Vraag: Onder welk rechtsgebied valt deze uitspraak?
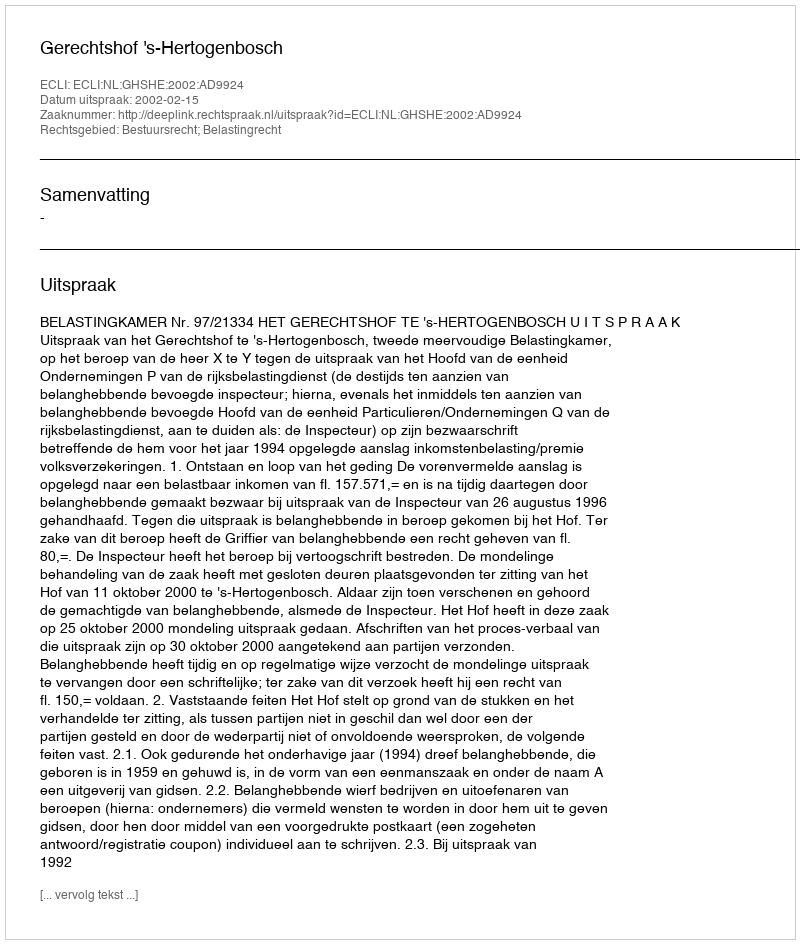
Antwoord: Bestuursrecht; Belastingrecht